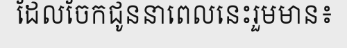
ដែលចែកជូននាពេលនេះរួមមាន៖